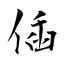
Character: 偛